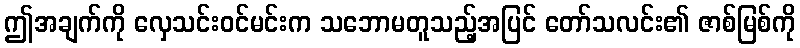
ဤအချက်ကို လှေသင်းဝင်မင်းက သဘောမတူသည့်အပြင် တော်သလင်း၏ ဇာစ်မြစ်ကို